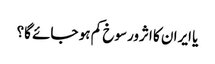
یا ایران کا اثرورسوخ کم ہو جائے گا؟